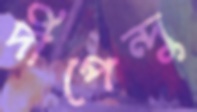
দীপেন্দু